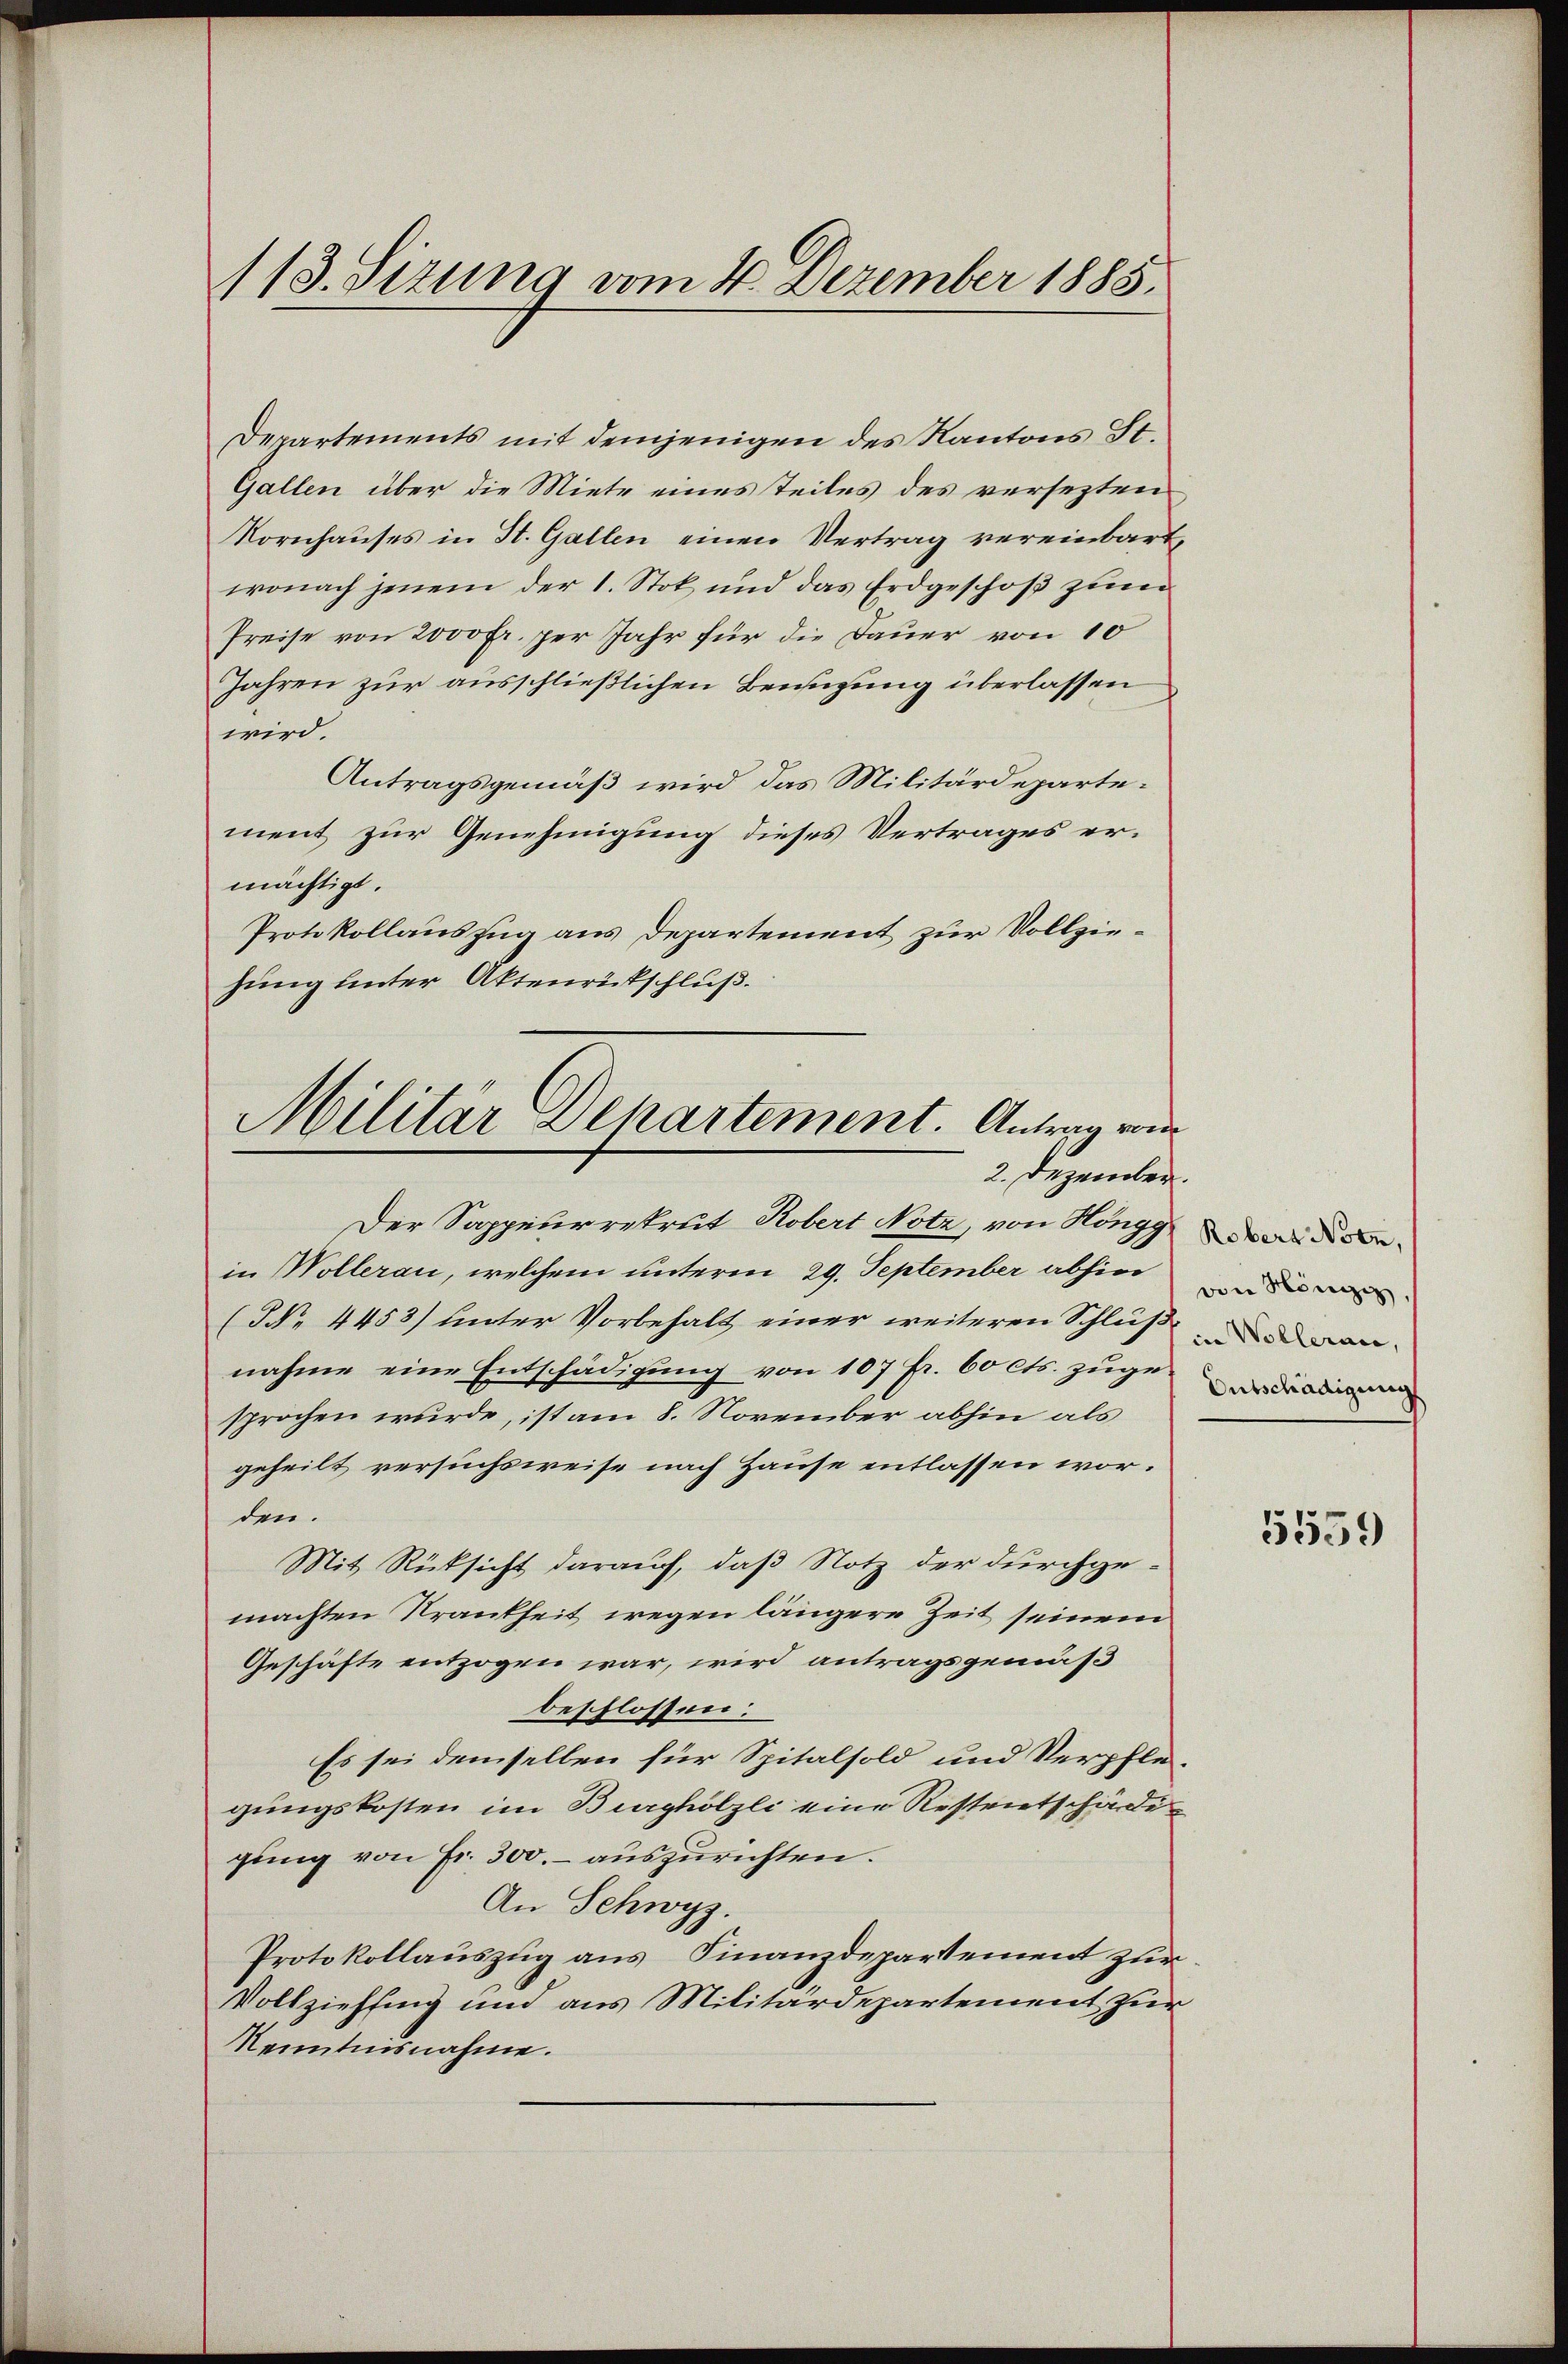
113. Sizung vom 4. Dezember 1885.

Militär Departement. Antrag von
2. Dezember.

Departements mit demjenigen des Kantons St.
Gallen über die Miete eines Teiles des versezten
Kornhauses in St. Gallen einen Vertrag vereinbart,
wonach jenem der 1. Stok und das Erdgeschoß zum
Preise von 2000 Fr. per Jahr für die Dauer von 10
Jahren zur ausschließlichen Benügung überlassen
wird.
Antragsgemäß wird das Militärdepartement zur Genehmigung dieses Vertrages ermächtigt.
Protokollauszug aus Departement zur Vollziehung unter Aktenrütschluß.
Der Sappeurrekrut Robert Notz, von Hönggenin Wollerau, welchem unterm 29. September abhin
(NNo. 4453) unter Vorbehalt einer weiteren Schluß den
nahme eine Entschädigung von 107 Fr. 60 Cts. zugesprochen wurde, ist am 8. November abhin als
geheilt versuchsweise nach Hause entlassen worden.
Mit Rüksicht darauf, daß Notz der durchgemachten Krankheit wegen längere Zeit seinem
Geschäfte entzogen war, wird antragsgemäß
beschlossen:
Es sei demselben für Spitalsold und Verpflegungskosten im Burghölzli eine Restentschädig
gung von Fr. 300.- auszurichten.
An Schwyz.
Protokollauszug aus, Finanzdepartement zur
Vollziehung und aus Militärdepartement zur
Kenntnisnahme.

von Höngg,
Entschädigung

5559